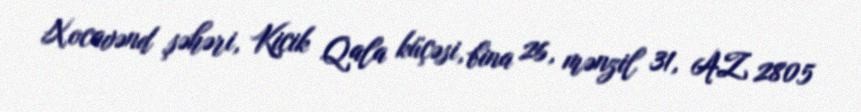
Xocavənd şəhəri, Kiçik Qala küçəsi, bina 26, mənzil 31, AZ 2805